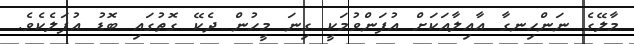
މާލޭގެ ނަންހިނގާ އާއިލާއަކަށް އުފަންވުމަކީ ގިނަ މީހުން ދެކޭ ގޮތުގައި ބޮޑު އުފަލެކެވެ.